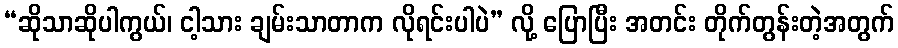
“ဆိုသာဆိုပါကွယ်၊ ငါ့သား ချမ်းသာတာက လိုရင်းပါပဲ” လို့ ပြောပြီး အတင်း တိုက်တွန်းတဲ့အတွက်